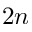
2 n